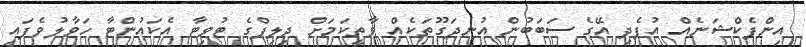
އިންފެކްޝަނެއް އުފެދި އޭގެ ސަބަބުން އުނދަގޫތަކެއް ވާތީކަމަށް ދިލިޕްގެ ޓުވިޓާ އެކައުންޓާ ހަވާލުވެފައި